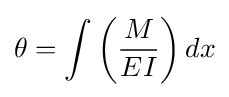
\theta =\int \left({\frac {M}{EI}}\right)dx